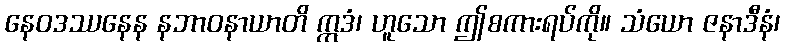
နေဝဒဿနေန နဘာဝနာယာတိ ဣဒံ၊ ဟူသော ဤစကားရပ်ကို။ သံယော ဇနာဒီနံ၊